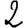
Digit: 2